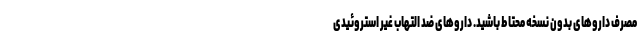
مصرف داروهای بدون نسخه محتاط باشید. داروهای ضد التهاب غیر استروئیدی